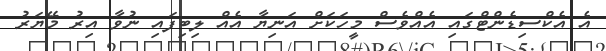
އެ އެކްސިޑެންޓްގައި އެއްވެސް މީހަކަށް އަނިޔާ އެއް ލިބިފައި ނުވާ އިރު މޭޔަރު